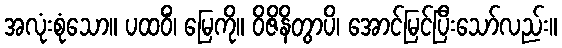
အလုံးစုံသော။ ပထဝိံ၊ မြေကို။ ဝိဇိနိတွာပိ၊ အောင်မြင်ပြီးသော်လည်း။